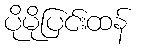
ပိုမိုပြင်းထန်